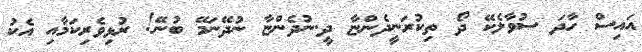
އައިސް ހާދަ ސުވާލެކޭ ދޯ ތިކުރަނީދެންޏާ ދީ.ނުދެންޏާ ނުދޭނަމޭ ބުނޭ! ރުޅިވެރިކަމާއި އެކު